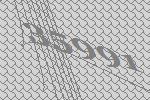
35991